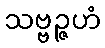
သဗ္ဗဉ္ဇဟံ